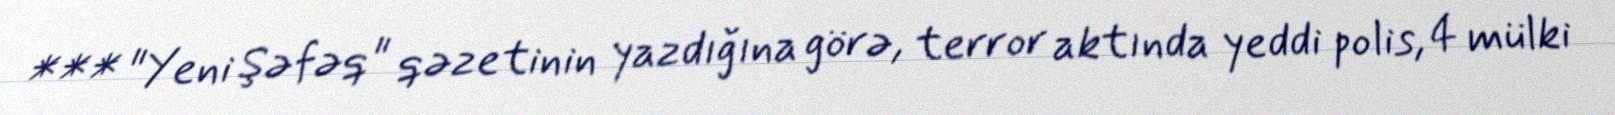
*** "Yeni Şəfəq" qəzetinin yazdığına görə, terror aktında yeddi polis, 4 mülki